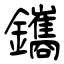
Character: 鑴